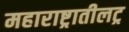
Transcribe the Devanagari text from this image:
महाराष्ट्रातीलट्र